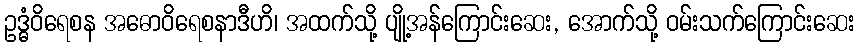
ဥဒ္ဓံဝိရေစန အဓောဝိရေစနာဒီဟိ၊ အထက်သို့ ပျို့အန်ကြောင်းဆေး, အောက်သို့ ဝမ်းသက်ကြောင်းဆေး